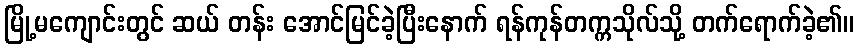
မြို့မကျောင်းတွင် ဆယ် တန်း အောင်မြင်ခဲ့ပြီးနောက် ရန်ကုန်တက္ကသိုလ်သို့ တက်ရောက်ခဲ့၏။